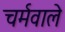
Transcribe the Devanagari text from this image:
चर्मवाले